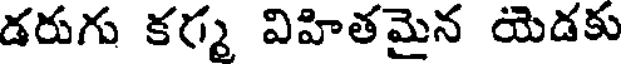
డరుగు కర్మ విహితమైన యెడకు